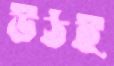
উঠই